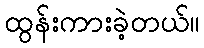
ထွန်းကားခဲ့တယ်။